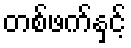
တစ်ဖက်နှင့်